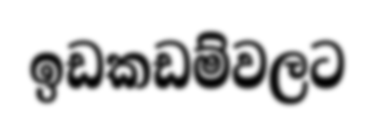
ඉඩකඩම්වලට